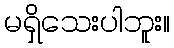
မရှိသေးပါဘူး။